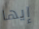
إيها